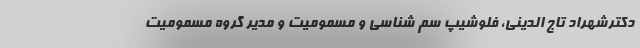
دکترشهراد تاج الدینی، فلوشیپ سم شناسی و مسمومیت و مدیر گروه مسمومیت